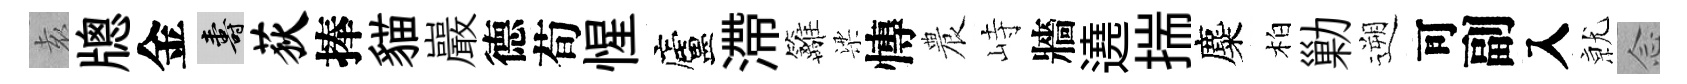
𡊮牕金壽荻捧貓巖德荀惺廬滯籬梁慱農峙牆遶揣麋柏勦遡可副入𭕒𫝹